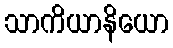
သာကိယာနိယော